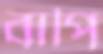
বাপি